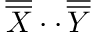
\overline { { \overline { { X } } } } \cdot \cdot \, \overline { { \overline { { Y } } } }